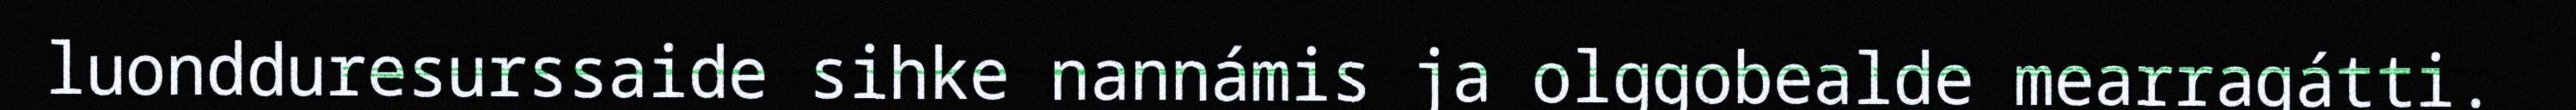
luondduresurssaide sihke nannámis ja olggobealde mearragátti.